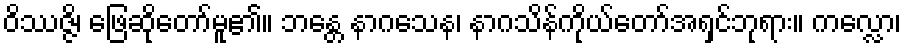
ဝိဿဇ္ဇိ၊ ဖြေဆိုတော်မူ၏။ ဘန္တေ နာဂသေန၊ နာဂသိန်ကိုယ်တော်အရှင်ဘုရား။ ကလ္လော၊